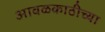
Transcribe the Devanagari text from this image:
आवळकाठीच्या